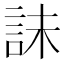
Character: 𰴫